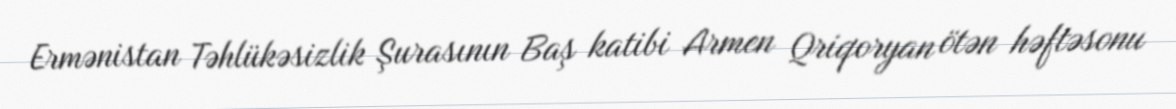
Ermənistan Təhlükəsizlik Şurasının Baş katibi Armen Qriqoryan ötən həftəsonu